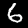
Digit: 6